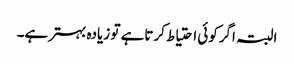
البتہ اگرکوئی احتیاط کرتاہے تو زیادہ بہترہے۔